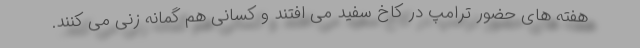
هفته های حضور ترامپ در کاخ سفید می افتند و کسانی هم گمانه زنی می کنند.